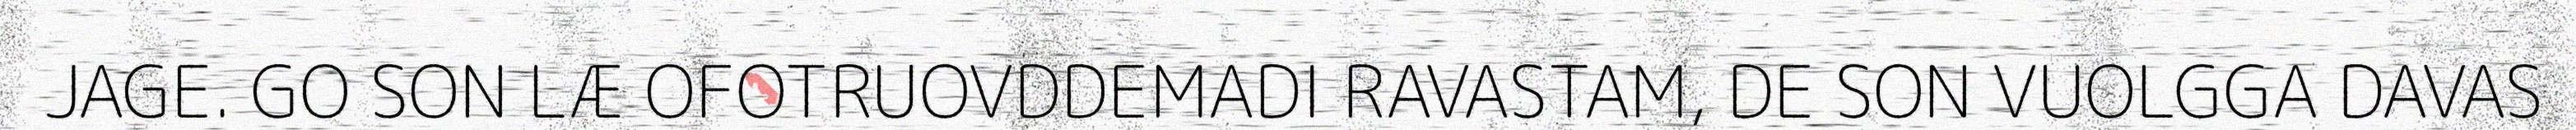
JAGE. GO SON LÆ OFOTRUOVDDEMADI RAVASTAM, DE SON VUOLGGA DAVAS